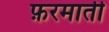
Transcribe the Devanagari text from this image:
फ़रमाती